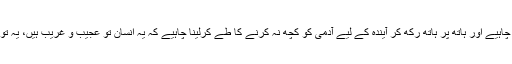
کس قدر مایوسی ہونی چاہیے اور ہاتھ پر ہاتھ رکھ کر آیندہ کے لیے آدمی کو کچھ نہ کرنے کا طے کرلینا چاہیے کہ یہ انسان تو عجیب و غریب ہیں، یہ تو خونخوار بھیڑیے ہیں۔